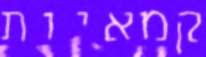
קמאיות